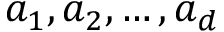
a _ { 1 } , a _ { 2 } , \dots , a _ { d }